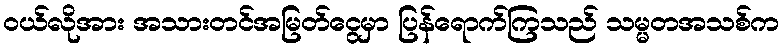
၀ယ်လိုအား အသားတင်အမြတ်ငွေမှာ ပြန်ရောက်ကြသည် သမ္မတအသစ်က